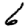
Digit: 6